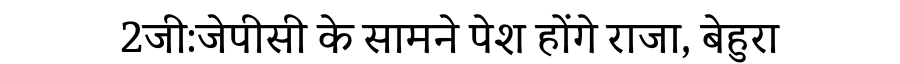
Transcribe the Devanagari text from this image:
2जी:जेपीसी के सामने पेश होंगे राजा, बेहुरा